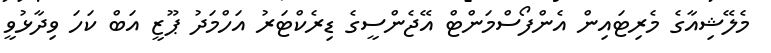
މެލޭޝިއާގެ މެރިޓައިން އެންފޯސްމަންޓް އޭޖެންސީގެ ޑިރެކްޓަރު އަހްމަދު ޕޫޒީ އަބް ކަހަ ވިދާޅުވީ